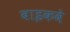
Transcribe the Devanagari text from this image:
बाइकवे